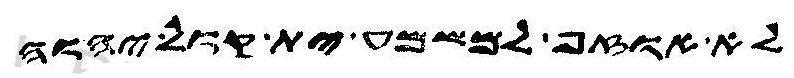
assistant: לא אוזף למשמע ית קול יהוה